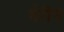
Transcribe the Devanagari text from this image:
वेरीन